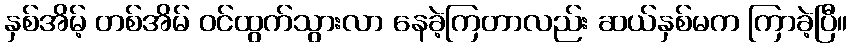
နှစ်အိမ့် တစ်အိမ် ဝင်ထွက်သွားလာ နေခဲ့ကြတာလည်း ဆယ်နှစ်မက ကြာခဲ့ပြီ။